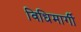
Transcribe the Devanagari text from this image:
विधिमार्गी